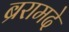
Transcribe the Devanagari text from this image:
ब्ररामदे